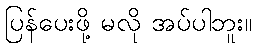
ပြန်ပေးဖို့ မလို အပ်ပါဘူး။